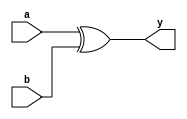
module xormy(a,b,y);// 
	input a,b; 
	output y; 
	reg y;  
	always @(a or b) begin        
		y=a^b; 
	end  
endmodule